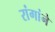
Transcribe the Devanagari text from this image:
रांगांने